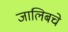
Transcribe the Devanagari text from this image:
जालिबचे